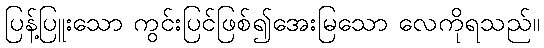
ပြန့်ပြူးသော ကွင်းပြင်ဖြစ်၍အေးမြသော လေကိုရသည်။